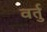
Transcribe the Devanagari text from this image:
वर्तु